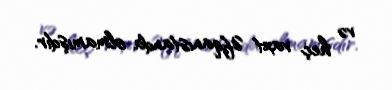
və heç vaxt Əfqanıstanda olmamışdır.